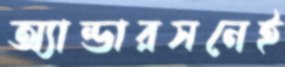
অ্যান্ডারসনেই